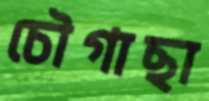
চৌগাছা